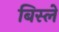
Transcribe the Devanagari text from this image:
बिस्ले